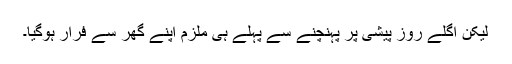
لیکن اگلے روز پیشی پر پہنچنے سے پہلے ہی ملزم اپنے گھر سے فرار ہوگیا۔